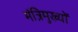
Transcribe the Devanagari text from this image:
मंत्रिमुख्यों